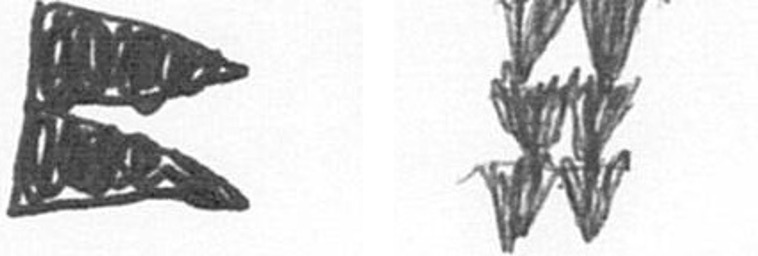
P Y